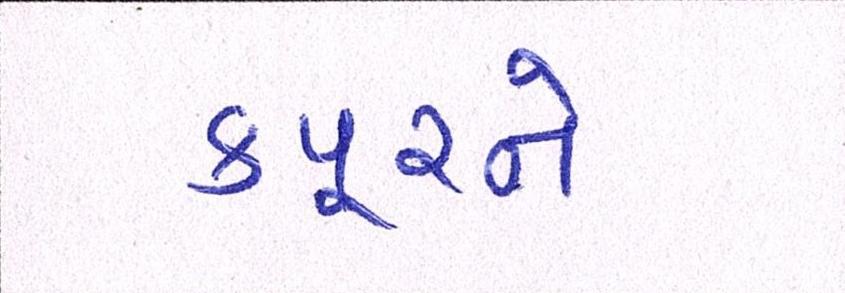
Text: કપૂરને